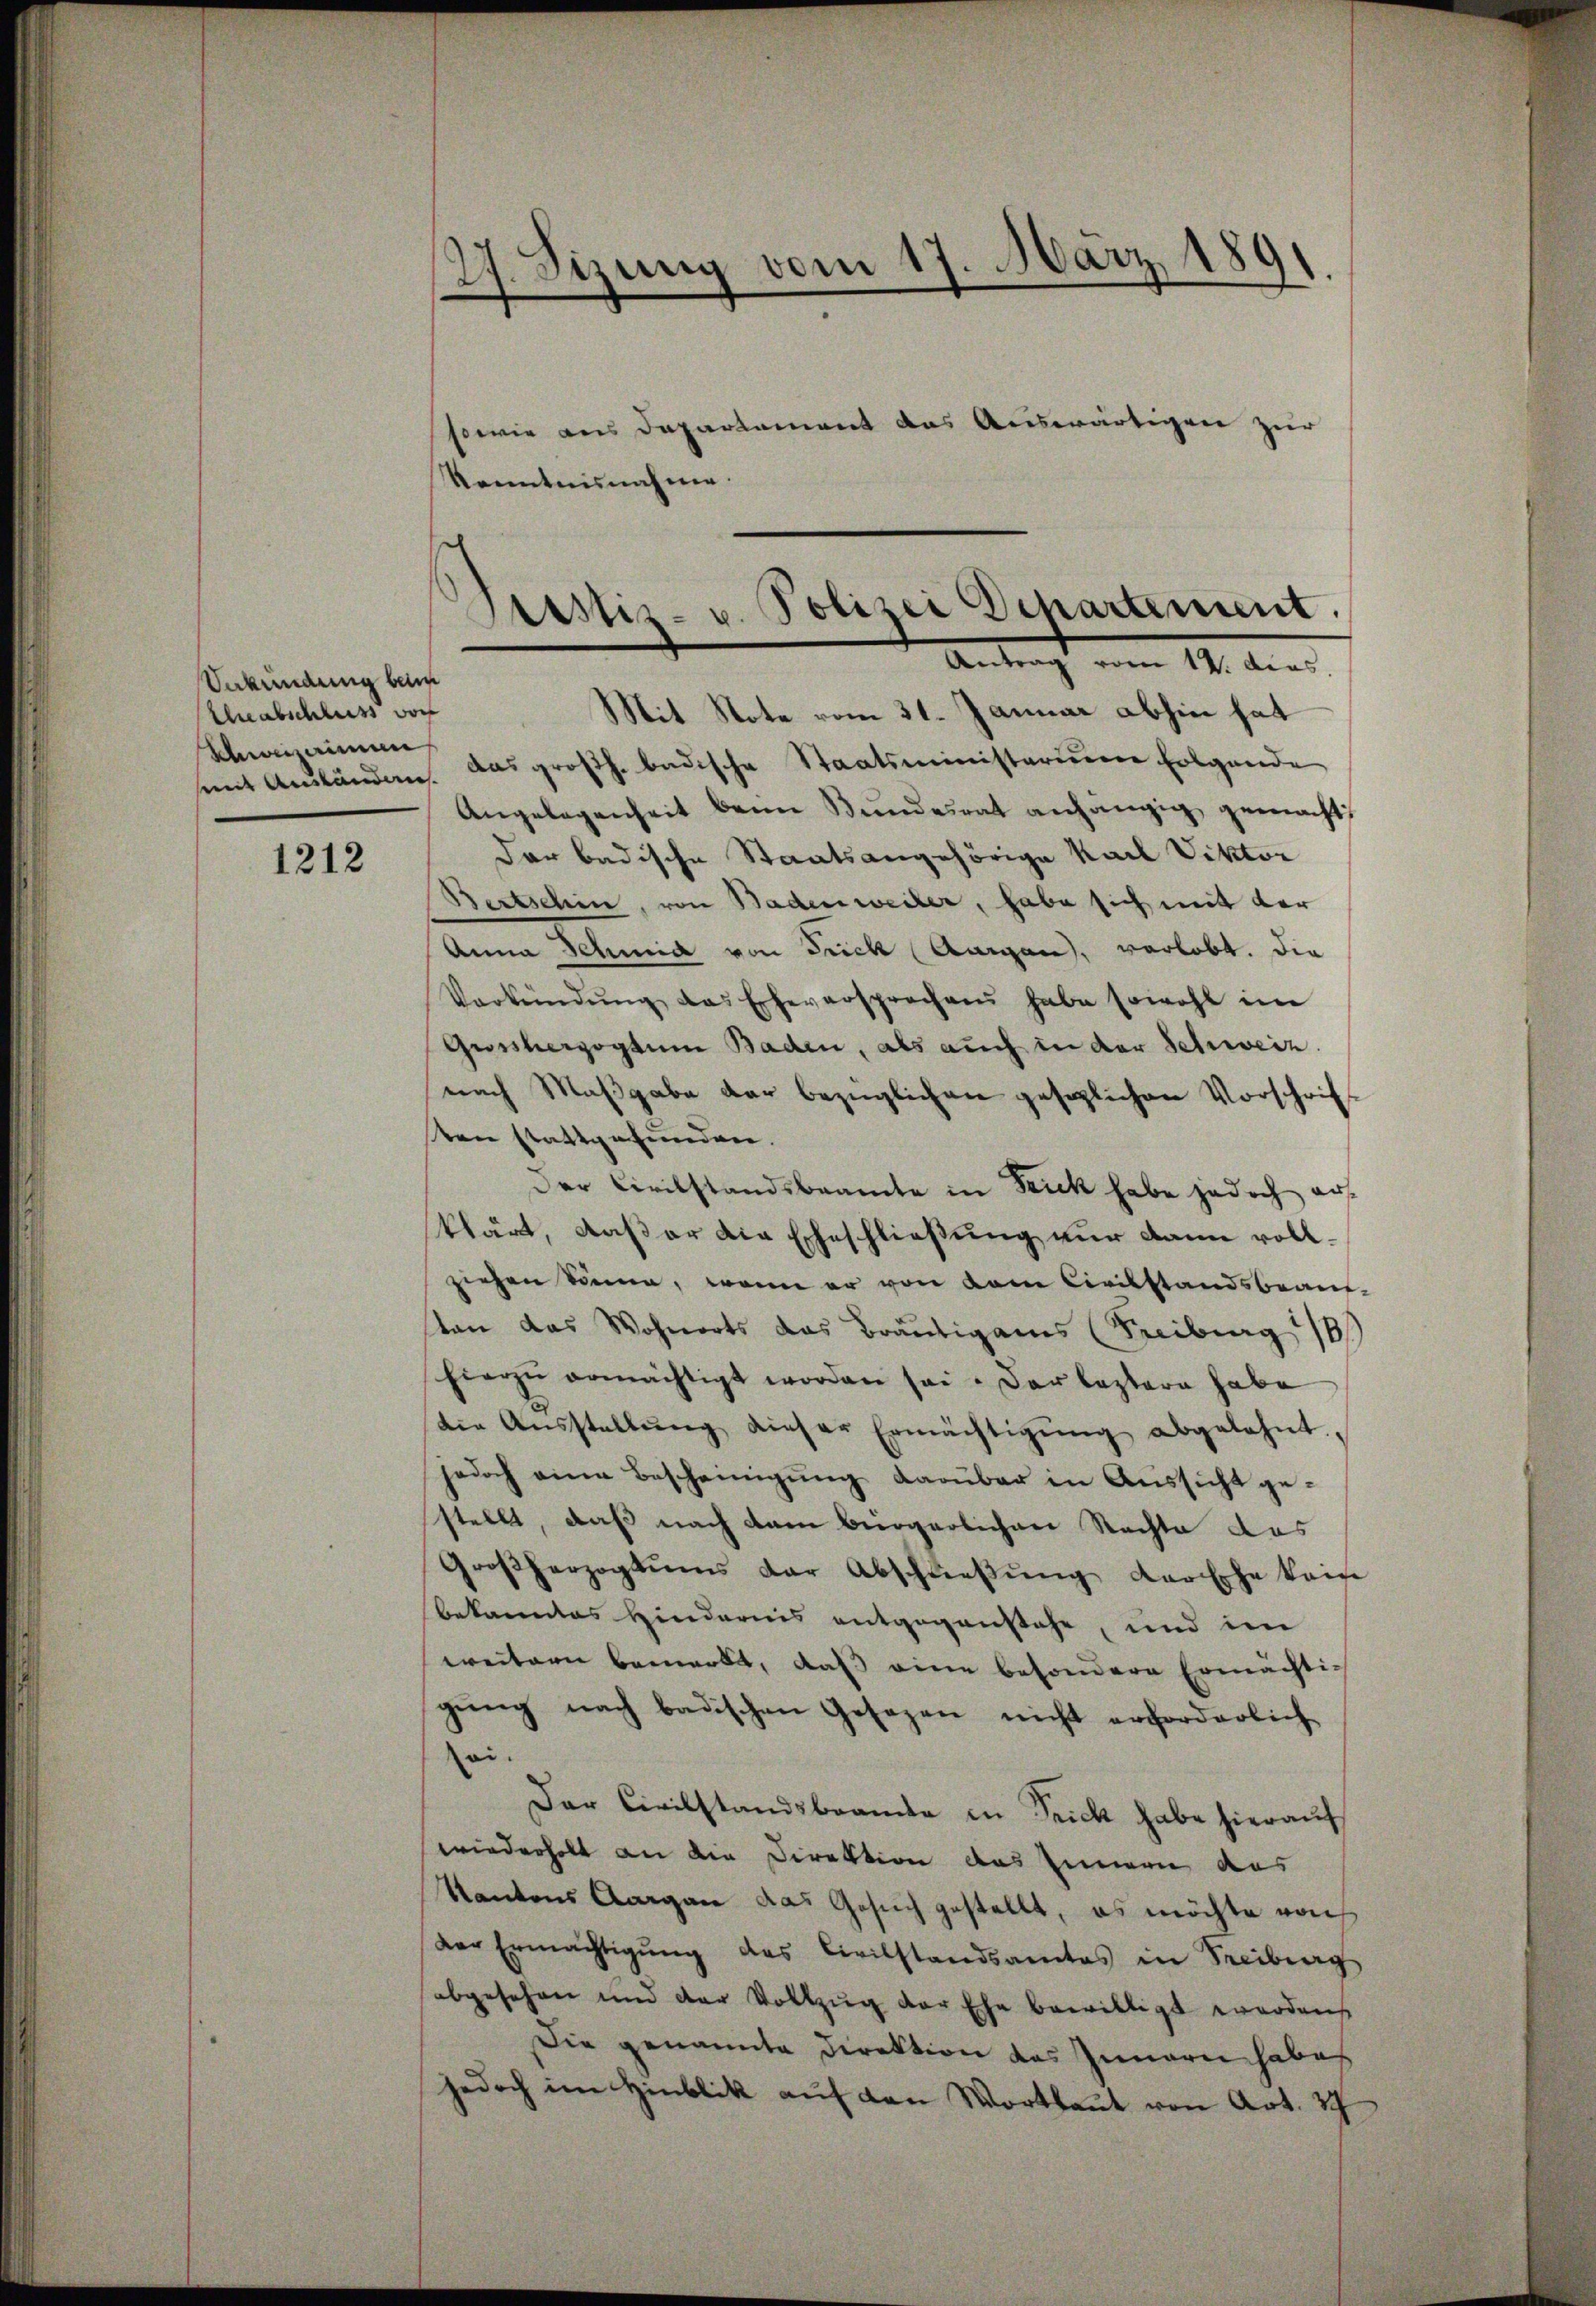
Vekundung beim
Eheabschluss vor
Khizerimen

1212

27. Sizung vom 17. März 1891

sowie aus Departement das Auswärtigen zur
Kenntnisnahme.

Pustiz- u. Polizei Departement.
Antragt vom 14. die

Mit Note vom 31. Januar abhin hat
at Aŭsländen. Das großh. badische Staatsministariiere Folgende
Angelegenheit beim Bundesrat anhängig gemacht,
dar badische Staatsangehörige Karl Viktor
Bertschin, von Badenweiler, habe sich mit der
Anna Schmid von Dück (Aargau, verlobt. Die
Verkündŭng das Erheversprechens habe sowohl im
Gutsherzogtum Baden, als auch in der Schweiz.
nach Maβgabe der bezüglichen gesezlichen Vorschrift
ten stattgefunden.
Der Civilstandsbeamte in Frick habe jedoch auf
klärt, daß er die Eheschließung nur dann vollziehen könne, wenn er von dem Civilstandsbean-
sten das Wohnorts das Bräutigams (Freiburg 18
hierzŭ ermächtigt worden sei. Der leztere habe
die Aŭsstellŭng dieser Ermächtigŭng abgelehnt.
jedoch eine Bescheinigung darüber in Aussicht gestellt, daß nach dem bürgerlichen Rechte das
Großherzogtums der Abschlieβŭng der Ehe kein
bekanntes Hindernis entgegenstehe, und im
weitern bemerkt, daß eine besondere Ermächtig
gung nach badischen Gesezen nicht erforderlich
oi.
Der Civilstandsbeamte in Frick habe hierauf
wiederholt an die Direktion des Innern aus
Kantons Aargau das Gesuch gestellt, es möchte von
Der Ermächtigŭng des Civilstandsamtes in Freiburg
abgesehen und der Vollzug der Ehe bewilligt worden
Die genannte Direktion des Innern habes
jedoch im Hinblik auf den Wortlaut von Art. 37